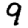
Digit: 9